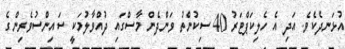
އުޅަނދެކެވެ. އަދި އެ ހެލިކަޕްޓަރު 40 ސިކުންތު ވަންދެން މާސްގައި ދުއްވާލުމަކީ ސައިންސުވެރިންގެ